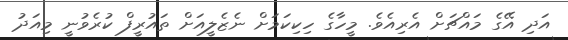
އަދި އޭގެ މައްޗަށް އެރިއެވެ. މީހާގެ ހިކިކަމަށް ނެޒެލީއަށް ތައުރީފް ކުރެވުނީ މިއަދު